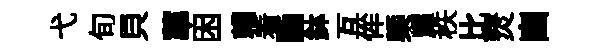
弋旬貝蕐困賴看·鉢互侔㮣耀秩比燹豳